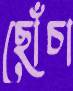
ছোঁচা